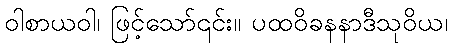
ဝါစာယဝါ၊ ဖြင့်သော်၎င်း။ ပထဝိခနနာဒီသုဝိယ၊